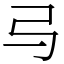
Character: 㢧